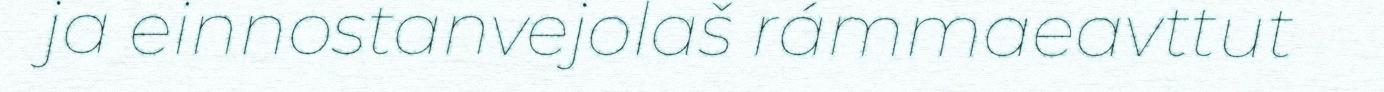
ja einnostanvejolaš rámmaeavttut